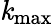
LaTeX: \mathit{k}_{\mathrm{{max}}}